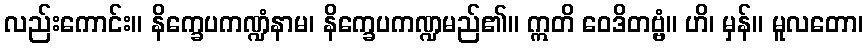
လည်းကောင်း။ နိက္ခေပကဏ္ဍံနာမ၊ နိက္ခေပကဏ္ဍမည်၏။ ဣတိ ဝေဒိတဗ္ဗံ။ ဟိ၊ မှန်။ မူလတော၊